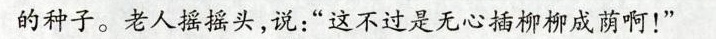
的种子。老人摇摇头，说：”这不过是无心插柳柳成荫啊！”